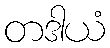
တဒါယံ